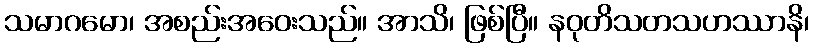
သမာဂမော၊ အစည်းအဝေးသည်။ အာသိ၊ ဖြစ်ပြီ။ နဝုတိသတသဟဿာနိ၊